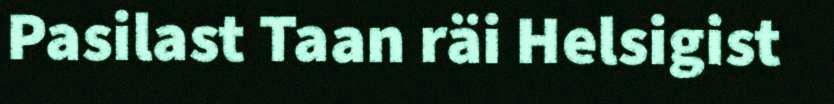
Pasilast Taan räi Helsigist